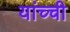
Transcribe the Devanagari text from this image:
यांच्ची